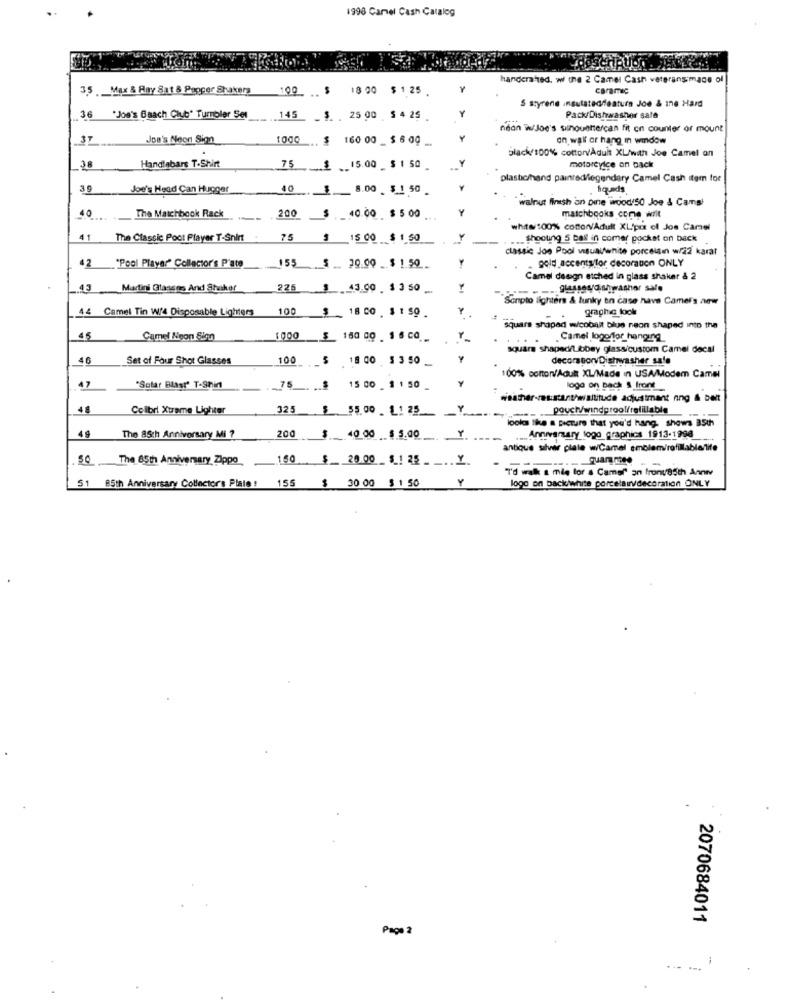
1998 Camel Cash Catalog
handcrafted. wi the 2 Camel Cash veterans made of
3.5 .Max & Ray Sat & Pepper Shakers
100. .. $
18 00
$ 1 25
caramic
S styrene insulated/feature Joe & ine Hard
36
"Jos's Beach Club" Turnoler Set
145
s
25 00
$ 4 25
Pack/Dishwasher salf
néon W/Joe's sinouettercan fit on counter of mount
ST
JDB's Neon Sign
1000 .. $
160 00 _ $ 6 09 _
Y
on wall or hang in window
Handinbare T-Shirt
black/100% cotton/Adult XL/wah Jos Camel an
38
75 .$ 15.00 _$ 1 50
motoreyice on back
plastic/hand painted/legendary Camel Cash item for
Joe's Head Can Hugger
8.00 _ $ 1 50
iquads
walnut finish an pine wood!50 Joe & Cams!
The Matchbook Rack
Y
4 ..... ..
200
$ .40.00 $ 5 00
matchbooks come writ
whatw/100% cottonvAdult XLipex of Joe Camel
1 The Classic Poot Player T-Shirt
75
15 00 $ 1 50
Y
shooting S ball in comer pocket on back
classic Jog Poci visual/white porcelain w/22 karat
Y
42
"Pool Player" Collector's P'ate
_155 .5
30.00 $ 1 50
gold accentsllor decoration ONLY
Camel design etched in glass shaker & 2
.43 Martini Glasses And Stuthor
225
43.00 . 1 3 50
Y
Sonpto lighters & funky en case have Camer's anw
Camel Tin W/4 Disposable Lighters
100
Y
graphic lock
18 CO $ 1 $9 .
"Square shaped w/cobalt blue neon shaped into the
45
Camel Neon Sinn
1000 $ 160 00 1 6 CO
.. .
Camel logoffor hanging
square shapeditbibey glass/custom Camel decal
46
Set of Four Shot Glasses
100
18 00 5 3 50 _
Y
100% cotton/Adult XL/Made in USA/Modem Camel
47
"Solar Blast" T-Shir
75
15 00 _ 1 1 50 _
logo on back S front
weather-resistant/waltitude adjustment nng & bent
Colibri Xtreme Lighter
325
$ 55.00 _1125
Y
pouch/windprool/refillable
looks like a picture that you'd hang. shows 35th
200
Y
49
The 85th Anniversary Mi ?
40 00 $ 5.00
Anniversary logo graphics 1913-1998
antique silver plate w/Camel emblem/refillablelife
50
The 85th Anniversary Zippo
160
$_ 20.00 5 _! 25 _ _.. Y.
I'd walk s mie lor a Camel" on front85th Anniv
-...
$1 85th Anniversary Collector's Plaie: 155
$
30 00 $ 1 50
Y
logo on backwhite porcelainvdecoration ONLY
2070684011
Page 2
. .. '